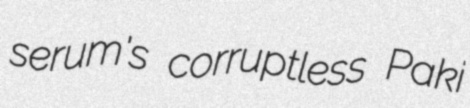
serum's corruptless Paki